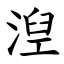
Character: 湼